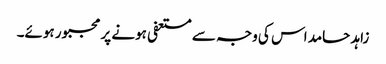
زاہد حامد اس کی وجہ سے مستعفی ہونے پر مجبور ہوئے۔